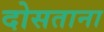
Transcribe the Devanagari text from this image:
दोसताना